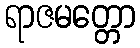
ရာဇမတ္တော